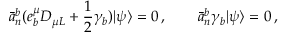
\bar { a } _ { n } ^ { b } ( e _ { b } ^ { \mu } D _ { \mu L } + \frac { 1 } { 2 } \gamma _ { b } ) | \psi \rangle = 0 \, , \qquad \bar { a } _ { n } ^ { b } \gamma _ { b } | \psi \rangle = 0 \, ,